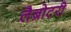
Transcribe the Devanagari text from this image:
लैब्रोटरी